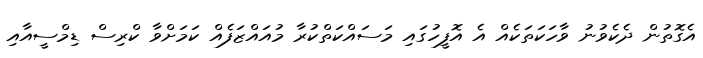
އެގޮތުން ދެކެވުނު ވާހަކަތަކެއް އެ އޮފީހުގައި މަސައްކަތްކުރާ މުއައްޒަފެއް ކަމަށްވާ ކްރިސް ޑިމްސީއާއި